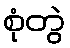
စုံတွဲ